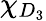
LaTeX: \chi_{D_{3}}